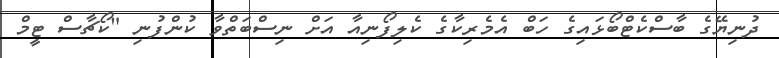
ދުނިޔޭގެ ބާސްކެޓްބޯޅައިގެ ހަބް އެމެރިކާގެ ކެލިފޯނިއާ އަށް ނިސްބަތްވާ ކުންފުނި "ކޯޗާސް ޓީމް